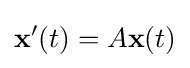
\mathbf {x} '(t)=A\mathbf {x} (t)